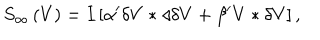
S _ { \infty } \left( V \right) = I \left[ \alpha ^ { \prime } \delta V \ast \triangleleft \delta V + \beta ^ { \prime } V \ast \delta V \right] ,